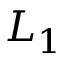
L _ { 1 }